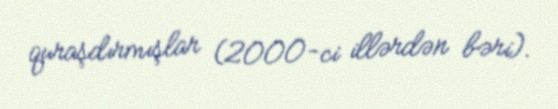
quraşdırmışlar (2000-ci illərdən bəri).